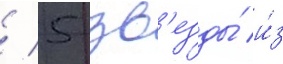
/ 5 зв'езды́ и́з